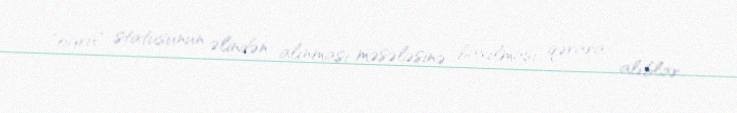
"oğru" statusunun əlindən alınması məsələsinə baxılması qərara alıblar.